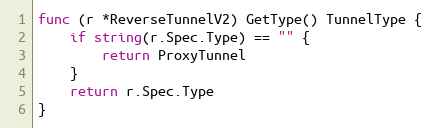
Language: Go
func (r *ReverseTunnelV2) GetType() TunnelType {
	if string(r.Spec.Type) == "" {
		return ProxyTunnel
	}
	return r.Spec.Type
}